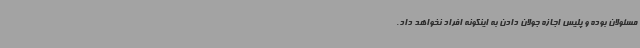
مسئولان بوده و پلیس اجازه جولان دادن به اینگونه افراد نخواهد داد.